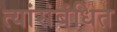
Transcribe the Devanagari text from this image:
त्यांसंबंधित